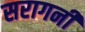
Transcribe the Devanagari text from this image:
सरागनी